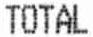
TOTAL